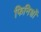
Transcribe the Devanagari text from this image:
फिनिशों